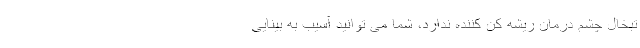
تبخال چشم درمان ریشه کن کننده ندارد، شما می توانید آسیب به بینایی